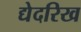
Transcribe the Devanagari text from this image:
द्येदरिख